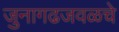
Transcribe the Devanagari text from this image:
जुनागढजवळचे